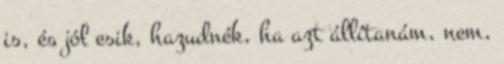
is, és jól esik, hazudnék, ha azt állítanám, nem,